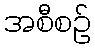
အစီစဉ်